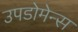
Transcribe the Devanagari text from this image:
उपडोमेन्स